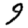
Digit: 9